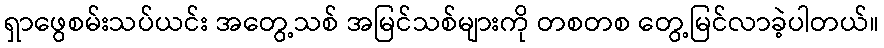
ရှာဖွေစမ်းသပ်ယင်း အတွေ့သစ် အမြင်သစ်များကို တစတစ တွေ့မြင်လာခဲ့ပါတယ်။